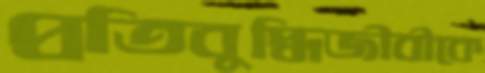
প্রতিবুদ্ধিজীবীকে